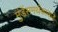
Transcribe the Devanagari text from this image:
मुंडेंसमर्थकाकडे